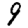
Digit: 9